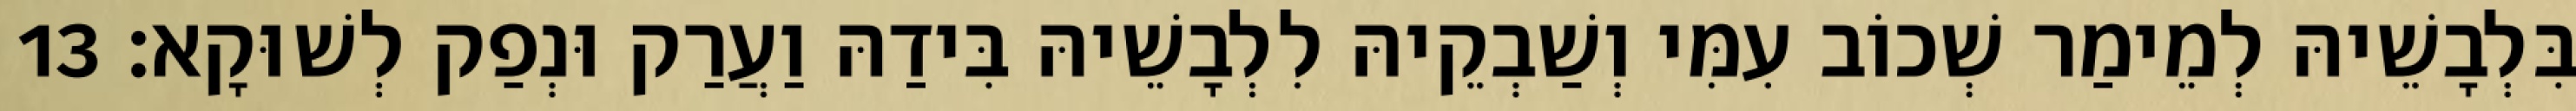
בִּלְבָשֵׁיהּ לְמֵימַר שְׁכוֹב עִמִּי וְשַׁבְקֵיהּ לִלְבָשֵׁיהּ בִּידַהּ וַעֲרַק וּנְפַק לְשׁוּקָא׃ 13